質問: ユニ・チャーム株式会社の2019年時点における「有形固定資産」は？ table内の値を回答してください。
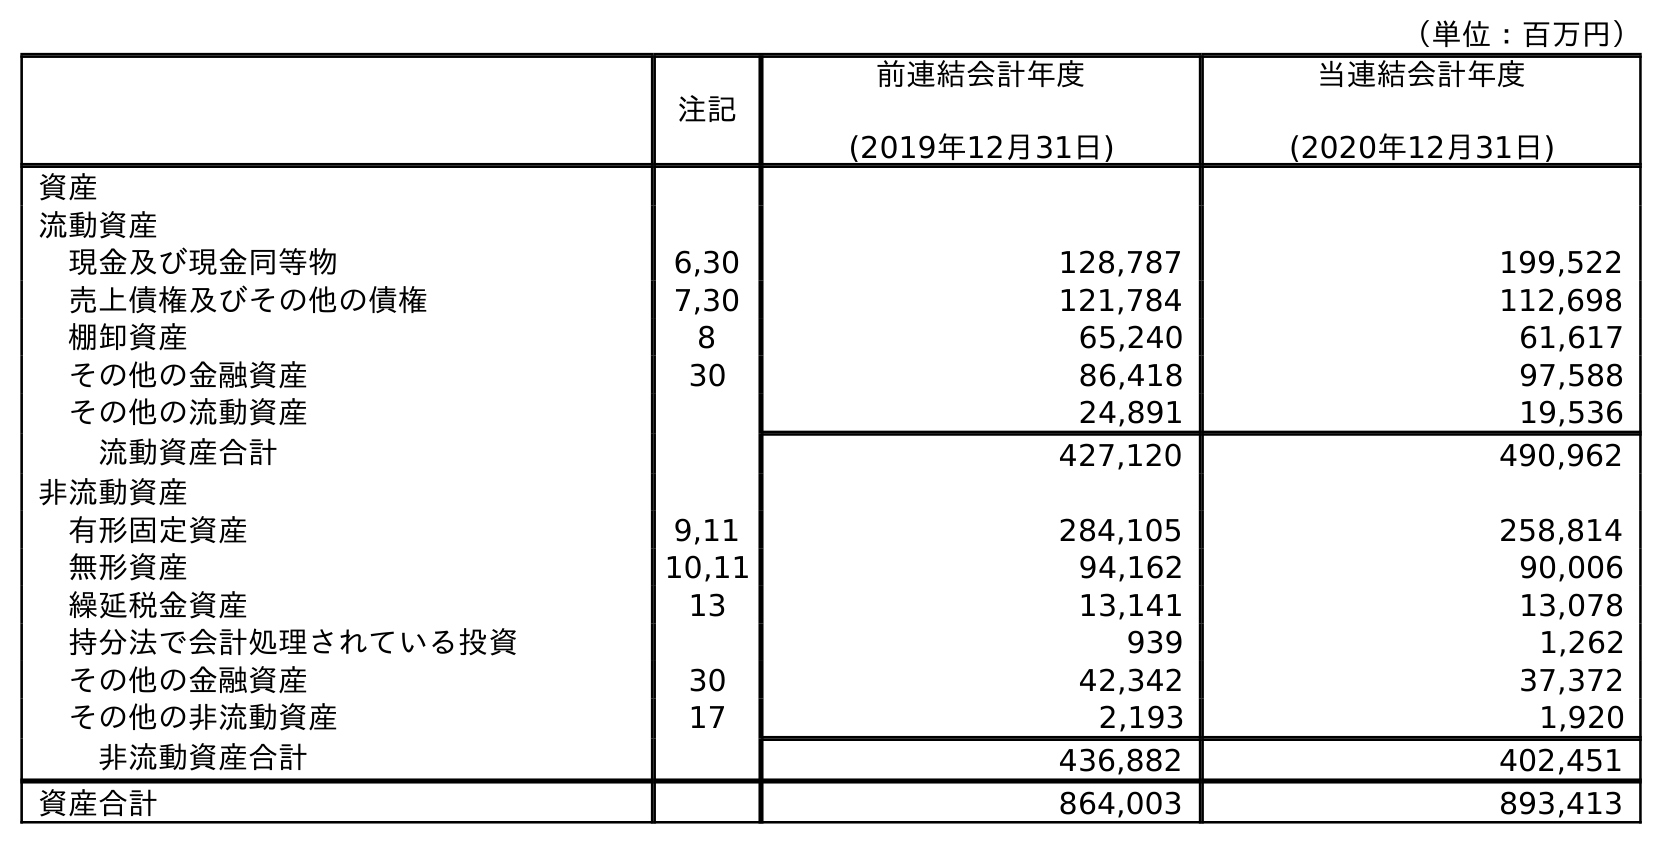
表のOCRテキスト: （単位：百万円） 注記 前連結会計年度 (2019年12月31日) 当連結会計年度 (2020年12月31日) 資産 流動資産 現金及び現金同等物 6,30 128,787 199,522 売上債権及びその他の債権 7,30 121,784 112,698 棚卸資産 8 65,240 61,617 その他の金融資産 30 86,418 97,588 その他の流動資産 24,891 19,536 流動資産合計 427,120 490,962 非流動資産 有形固定資産 9,11 284,105 258,814 無形資産 10,11 94,162 90,006 繰延税金資産 13 13,141 13,078 持分法で会計処理されている投資 939 1,262 その他の金融資産 30 42,342 37,372 その他の非流動資産 17 2,193 1,920 非流動資産合計 436,882 402,451 資産合計 864,003 893,413
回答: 284,105